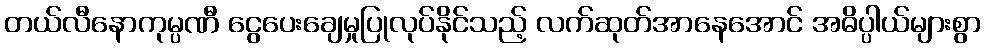
တယ်လီနောကုမ္ပဏီ ငွေပေးချေမှုပြုလုပ်နိုင်သည့် လက်ဆုတ်အာနေအောင် အဓိပ္ပါယ်များစွာ